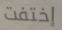
إختفت